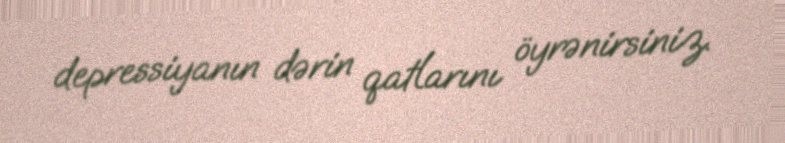
depressiyanın dərin qatlarını öyrənirsiniz.